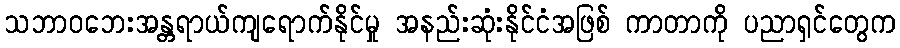
သဘာဝဘေးအန္တရာယ်ကျရောက်နိုင်မှု အနည်းဆုံးနိုင်ငံအဖြစ် ကာတာကို ပညာရှင်တွေက